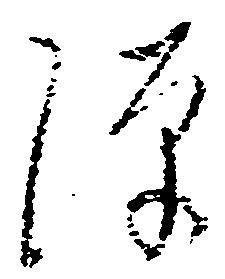
隙